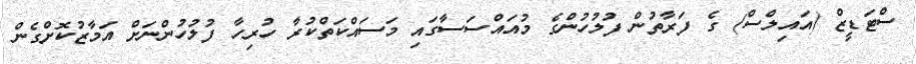
ސްޓަޑީޒް (އައިލްސް) ގެ ފަރާތުން ފުލުހުންގެ މުއައްސަސާގައި މަސައްކަތްކުރާ ހުރިހާ ފުލުހުންނަށް އަމާޒުކޮށްގެން